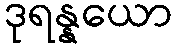
ဒုရန္နယော